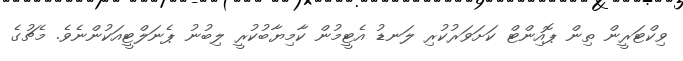
ވިކްޓަރީން ތިން ޕޮއިންޓް ކަށަވަރުކުރި ލަނޑު އެޓީމުން ކާމިޔާބުކުރީ ލިބުނު ޕެނަލްޓީއަކުންނެވެ. މެޗުގެ